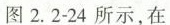
图 2.2-24 所示，在